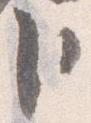
臣